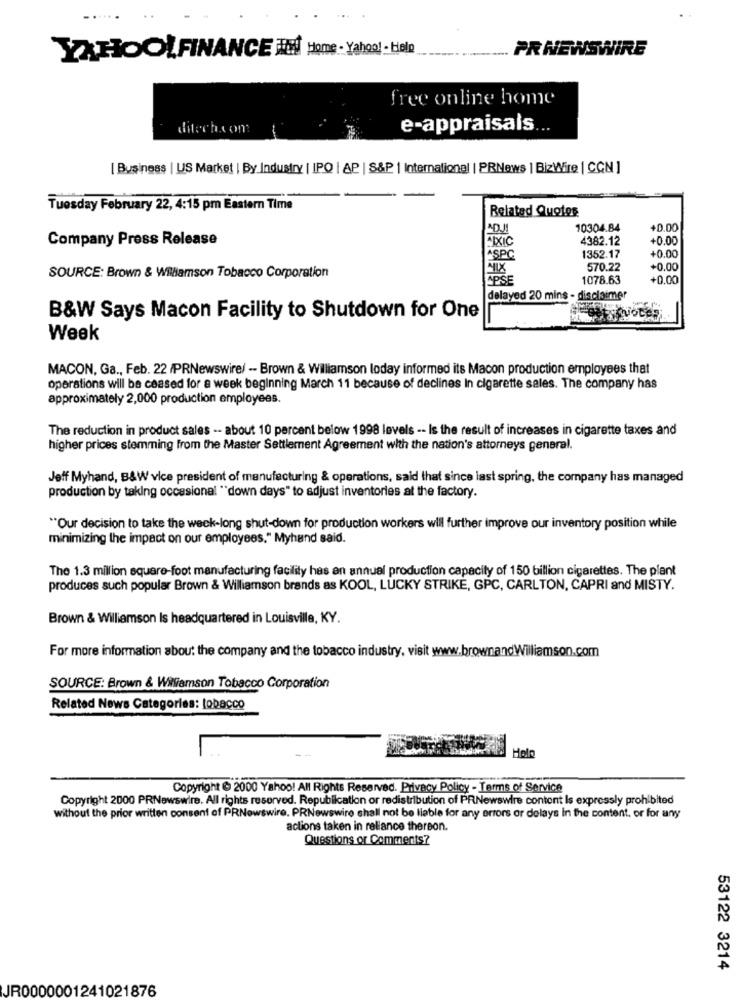
PR NEWSWIRE
YAHOOLFINANCE FIN Home - Yahoo !- Listo
free online home
ditech.com
e-appraisals
| Business | US Market | By Industry | IPQ | AP | S&P | International | PRNews | BizWire | CON ]
Tuesday February 22, 4:15 pm Eastern Time
Related Quotes
DU
10304.84
+0.00
Company Press Release
IXIC
4382.12
+0.00
+0.00
SPC
1352.17
570.22
+0.00
SOURCE: Brown & Williamson Tobacco Corporation
PSE
1078.63
+0.00
delayed 20 mins - disclaimer
er
B&W Says Macon Facility to Shutdown for One
hotesi
Week
MACON, Ga ., Feb. 22 /PRNewswire/ -- Brown & Williamson loday informed its Macon production employees that
operations will be ceased for a week beginning March 11 because of declines In cigarette sales. The company has
approximately 2,000 production employees.
The reduction in product sales -- about 10 percent below 1998 levels -- Is the result of increases in cigarette taxes and
higher prices stemming from the Master Settlement Agreement with the nation's attorneys general.
Jeff Myhand, B&W vice president of manufacturing & operations, said that since last spring, the company has managed
production by taking occasional "down days" to adjust inventories at the factory.
"Our decision to take the week-long shut-down for production workers will further improve our inventory position while
minimizing the impact on our employees." Myhand said.
The 1.3 million square-foot manufacturing facility has an annual production capacity of 150 billion cigarettes. The plant
produces such popular Brown & Williamson brands as KOOL, LUCKY STRIKE, GPC, CARLTON, CAPRI and MISTY.
Brown & Williamson Is headquartered in Louisville, KY.
For more information about the company and the tobacco industry, visit www.brownandWilliamson.com
SOURCE: Brown & Williamson Tobacco Corporation
Related News Categories: tobacco
Holo
Copyright @ 2000 Yahoo! All Rights Reserved. Privacy Policy - Terms of Service
Copyright 2000 PRNewswire. All rights reserved. Republication or redistribution of PRNewswire content Is expressly prohibited
without the prior written consent of PRNewswire. PRNewswire shall not be liable for any errors or delays in the content, or for any
actions taken in reliance thereon.
Questions or Comments?
53122 3214
JR0000001241021876